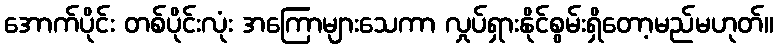
အောက်ပိုင်း တစ်ပိုင်းလုံး အကြောများသေကာ လှုပ်ရှားနိုင်စွမ်းရှိတော့မည်မဟုတ်။